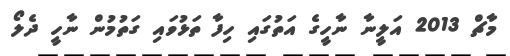
މާޗް 2013 އަލީނާ ނާހީގެ އަތުގައި ހިފާ ތަޅުވައި ގަތުމުން ނާހީ ދެލޯ